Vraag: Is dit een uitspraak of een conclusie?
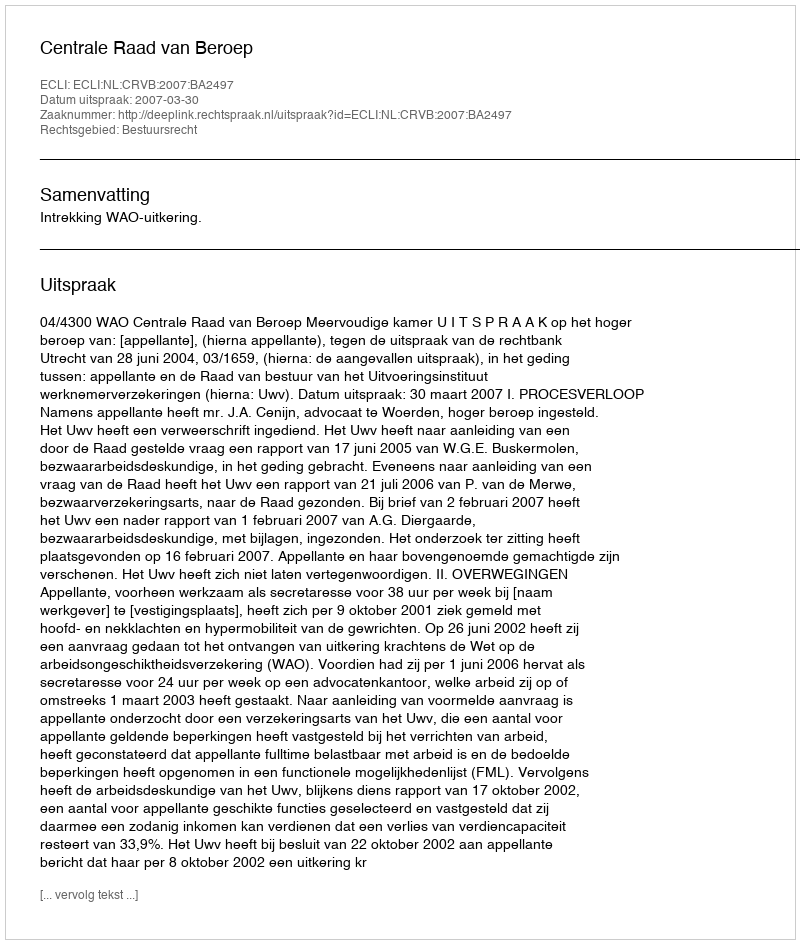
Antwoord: Uitspraak